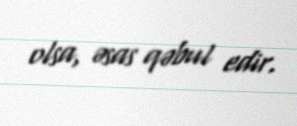
olsa, əsas qəbul edir.